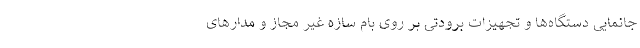
جانمایی دستگاه‌ها و تجهیزات برودتی بر روی بام سازه غیر مجاز و مدارهای